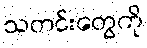
သတင်းတွေကို